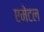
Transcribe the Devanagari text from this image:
एमेटल